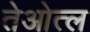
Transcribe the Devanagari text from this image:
तेओत्ल